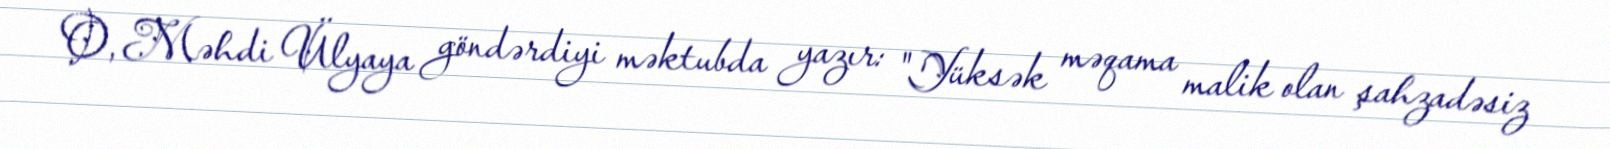
O, Məhdi Ülyaya göndərdiyi məktubda yazır: "Yüksək məqama malik olan şahzadəsiz